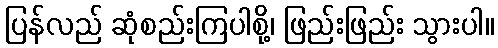
ပြန်လည် ဆုံစည်းကြပါစို့၊ ဖြည်းဖြည်း သွားပါ။